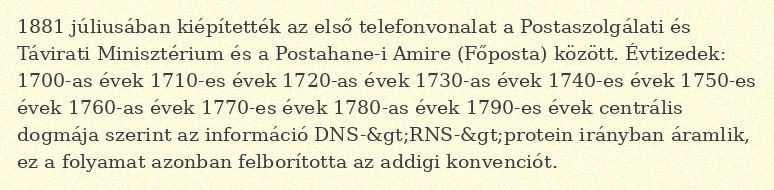
1881 júliusában kiépítették az első telefonvonalat a Postaszolgálati és Távirati Minisztérium és a Postahane-i Amire (Főposta) között. Évtizedek: 1700-as évek 1710-es évek 1720-as évek 1730-as évek 1740-es évek 1750-es évek 1760-as évek 1770-es évek 1780-as évek 1790-es évek centrális dogmája szerint az információ DNS-&gt;RNS-&gt;protein irányban áramlik, ez a folyamat azonban felborította az addigi konvenciót.